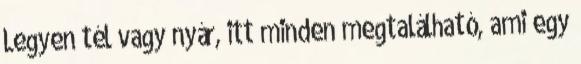
Legyen tél vagy nyár, itt minden megtalálható, ami egy